Report on vaccination in Madras 1904-1921 - 1904-1921
Year: 1904
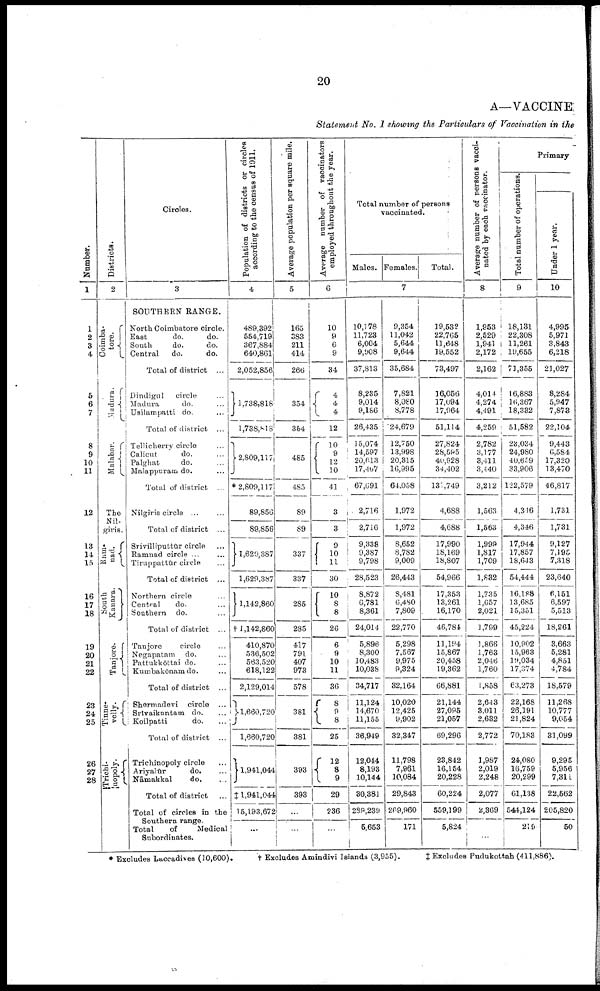
20
A—VACCINE
Statement No. I showing the Particulars of Vaccination in the
Number.
1
1
2
3
4
5
6
7
8
9
10
11
12
13
14
15
16
17
18
19
20
21
22
23
24
25
26
27
28
Districts.
2
Coimba¬
tore.
Madura.
Malabar.
The
Nil¬
giris.
Ram¬
nad.
South
Kanara.
Tanjore.
Tinne¬
velly.
Trichi¬
nopoly.
Circles.
3
SOUTHERN RANGE.
North Coimbatore circle.
East
do.
do.
South
do.do.
Central
do.
do.
Total of district...
Dindigul
circle ...
Madura do. ...
Usilampatti do. ...
Total of district...
Tellicherry circle ...
Calicut
do. ...
Palghat
do. ...
Malappuram do. ...
Total of district...
Nilgiris circle ... ...
Total of district...
Srivilliputtūr circle ...
Ramnad circle ... ...
Tiruppattūr circle ...
Total of district...
Northern circle ...
Central
do. ...
Southern do. ...
Total of district ...
Tanjore
circle ...
Negapatam do. ...
Pattukkōttai do. ...
Kumbakōnam do. ...
Total of district...
Shermadevi circle ...
Srīvaikuntam do. ...
Koilpatti
do. ...
Total of district ...
Trichinopoly circle ...
Ariyalūr do. ...
Nāmakkal
do. ...
Total of district ...
Total of circles in the
Southern range.
Total
of
Medical
Subordinates.
Population of districts or circles
according to the census of 1911.
4
489,392
554,719
367,884
640,861
2,052,856
1,738,818
1,738,818
2,809,117
*2,809,117
89,856
89,856
1,629,387
1,629,387
1,142,860
† 1,142,860
410,870
536,502
563,520
618,122
2,129,014
1,660,720
1,660,720
1,941,044
‡ 1,941,044
15,193,672
...
Average population per square mile.
5
165
383
211
414
266
354
364
485
485
89
89
337
337
285
285
417
791
407
973
578
381
381
393
393
...
...
Average number of vaccinators
employed throughout the year.
6
10
9
6
9
34
4
4
4
12
10
9
12
10
41
3
3
9
10
11
30
10
8
8
26
6
9
10
11
36
8
9
8
25
12
8
9
29
236
...
Total number of persons
vaccinated.
Males. Females.
Total.
7
10,178
11,723
6,004
9,908
37,813
8,235
9,014
9,186
26,435
15,074
14,597
20,613
17,407
67,691
2,716
2,716
9,338
9,387
9,798
28,523
8,872
6,781
8,361
24,014
5,896
8,300
10,483
10,038
34,717
11,124
14,670
11,155
36,949
12,044
8,193
10,144
30,381
239,239
5,653
9,354
11,042
5,644
9,644
35,684
7,821
8,080
8,778
24,679
12,750
13,998
20,315
16,995
64,058
1,972
1,972
8,652
8,782
9,009
26,443
8,481
6,480
7,809
22,770
5,298
7,567
9,975
9,324
32,164
10,020
12,425
9,902
32,347
11,798
7,961
10,084
29,843
269,960
171
19,532
22,765
11,648
19,552
73,497
16,056
17,094
17,964
51,114
27,824
28,595
40,928
34,402
131,749
4,688
4,688
17,990
18,169
18,807
54,966
17,353
13,261
16,170
46,784
11,194
15,867
20,458
19,362
66,881
21,144
27,095
21,057
69,296
23,842
16,154
20,228
60,224
559,199
5,824
Average number of persons vacci
nated by each vaccinator.
8
1,953
2,529
1,941
2,172
2,162
4,014
4,274
4,491
4,259
2,782
3,177
3,411
3,440
3,212
1,563
1,563
1,999
1,817
1,709
1,832
1,735
1,657
2,021
1,799
1,866
1,763
2,046
1,760
1,858
2,643
3,011
2,632
2,772
1,987
2,019
2,248
2,077
2,369
...
Primary
Total number of operations.
9
18,131
22,308
11,261
19,655
71,355
16,883
16,367
18,332
51,582
28,034
24,980
40,659
33,906
122,579
4,346
4,346
17,944
17,857
18,643
54,444
16,188
13,685
15,351
45,224
10,902
15,963
19,034
17,374
63,273
22,168
26,191
21,824
70,183
24,080
16,759
20,299
61,138
544,124
219
Under 1 year.
10
4,995
5,971
3,843
6,218
21,027
8,284
5,947
7,873
22,104
9,443
6,584
17,320
13,470
46,817
1,731
1,731
9,127
7,195
7,318
23,640
6,151
6,597
5,513
18,261
3,663
5,281
4,851
4,784
18,579
11,268
10,777
9,054
31,099
9,295
5,956
7,311
22,562
205,820
50
* Excludes Laccadives (10,600).
† Excludes Amindivi Islands (3,955).
‡ Excludes Pudukottah (411,886).